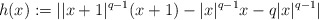
\begin{align*} h(x):=||x+1|^{q-1}(x+1)-|x|^{q-1}x-q|x|^{q-1}| \end{align*}